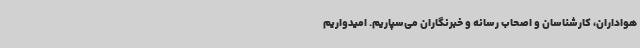
هواداران، کارشناسان و اصحاب رسانه و خبرنگاران می‌سپاریم. امیدواریم